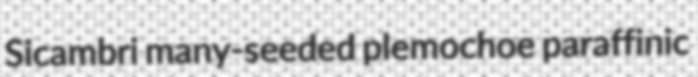
Sicambri many-seeded plemochoe paraffinic